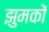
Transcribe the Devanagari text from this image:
झुमकों